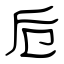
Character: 卮